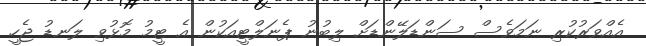
އެއްވަރުކުރި ނަމަވެސް ސަންޑަލޭންޑަށް ލިބުނު ޕެނަލްޓީއަކުން އެ ޓީމު މޮޅުވި ލަނޑު ޖެހީ